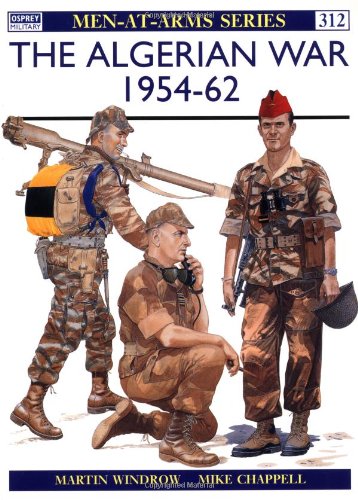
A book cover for The Algerian War 1954-62 (Men-at-Arms); Martin Windrow; History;